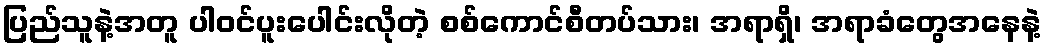
ပြည်သူနဲ့အတူ ပါဝင်ပူးပေါင်းလိုတဲ့ စစ်ကောင်စီတပ်သား၊ အရာရှိ၊ အရာခံတွေအနေနဲ့